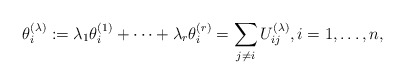
\begin{gather*} \theta_i^{(\lambda)}:= \lambda_1 \theta_i^{(1)}+ \cdots + \lambda_r \theta_i^{(r)} = \sum_{j \not=i} U_{ij}^{(\lambda)}, i=1,\ldots,n, \end{gather*}